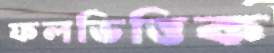
ফলভিত্তিক